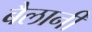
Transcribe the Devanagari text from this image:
बैलानी